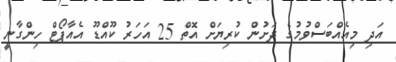
އަދި މިއެއްބަސްވުމުގެ ދަށުން ކުރިޔަށް އޮތް 25 އަހަރު ކޫއްޑޫ އެއާޕޯޓް ހިންގާނީ